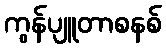
ကွန်ပျူတာစနစ်